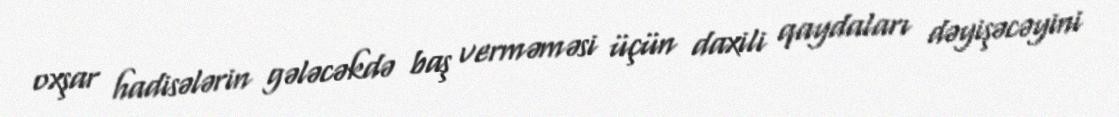
oxşar hadisələrin gələcəkdə baş verməməsi üçün daxili qaydaları dəyişəcəyini